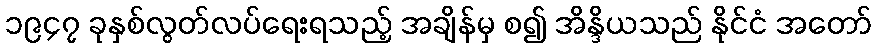
၁၉၄၇ ခုနှစ်လွတ်လပ်ရေးရသည့် အချိန်မှ စ၍ အိန္ဒိယသည် နိုင်ငံ အတော်